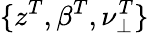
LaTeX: \{ z^{T},\beta^{T},\nu_{\perp}^{T}\}